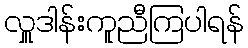
လှူဒါန်းကူညီကြပါရန်